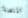
المنصة